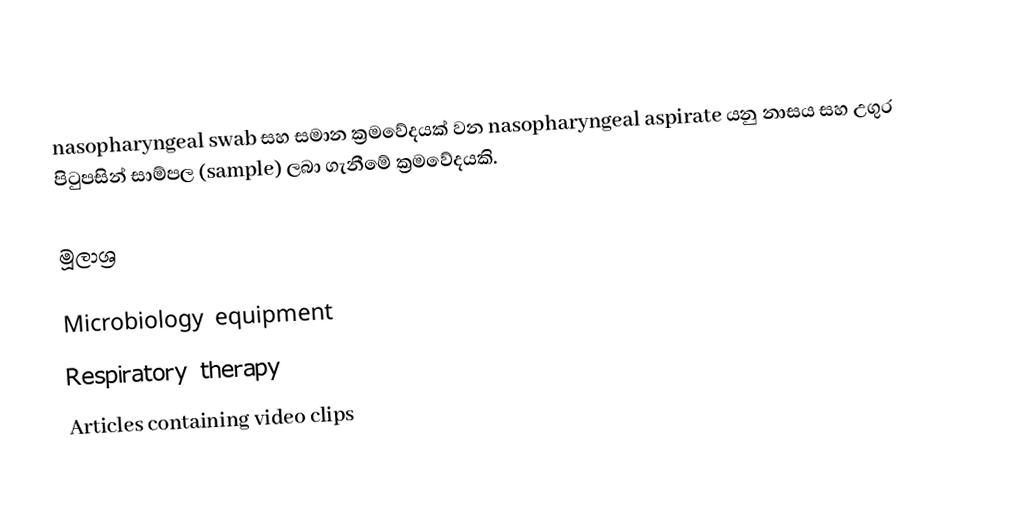
nasopharyngeal swab සහ සමාන ක්‍රමවේදයක් වන nasopharyngeal aspirate යනු නාසය සහ උගුර පිටුපසින් සාම්පල (sample) ලබා ගැනීමේ ක්‍රමවේදයකි.

මූලාශ්‍ර

Microbiology equipment
Respiratory therapy
Articles containing video clips